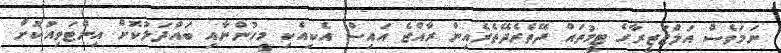
ނަމަވެސް އަލްޖަޒީރާގެ ޓީމުތައް ދޭތެރެދޭތެރެއިން ރާއްޖެ އައިސް އެކިއެކި މީހުންނާއި ބައްދަލުކޮށް އިންޓަވިއުކޮށް